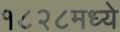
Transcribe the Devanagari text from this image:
१८२८मध्ये